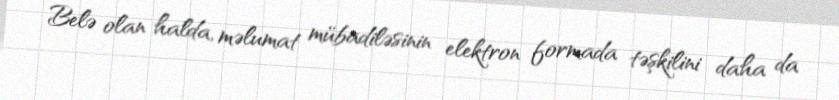
Belə olan halda, məlumat mübadiləsinin elektron formada təşkilini daha da